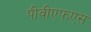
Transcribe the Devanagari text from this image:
पीवीएफएस